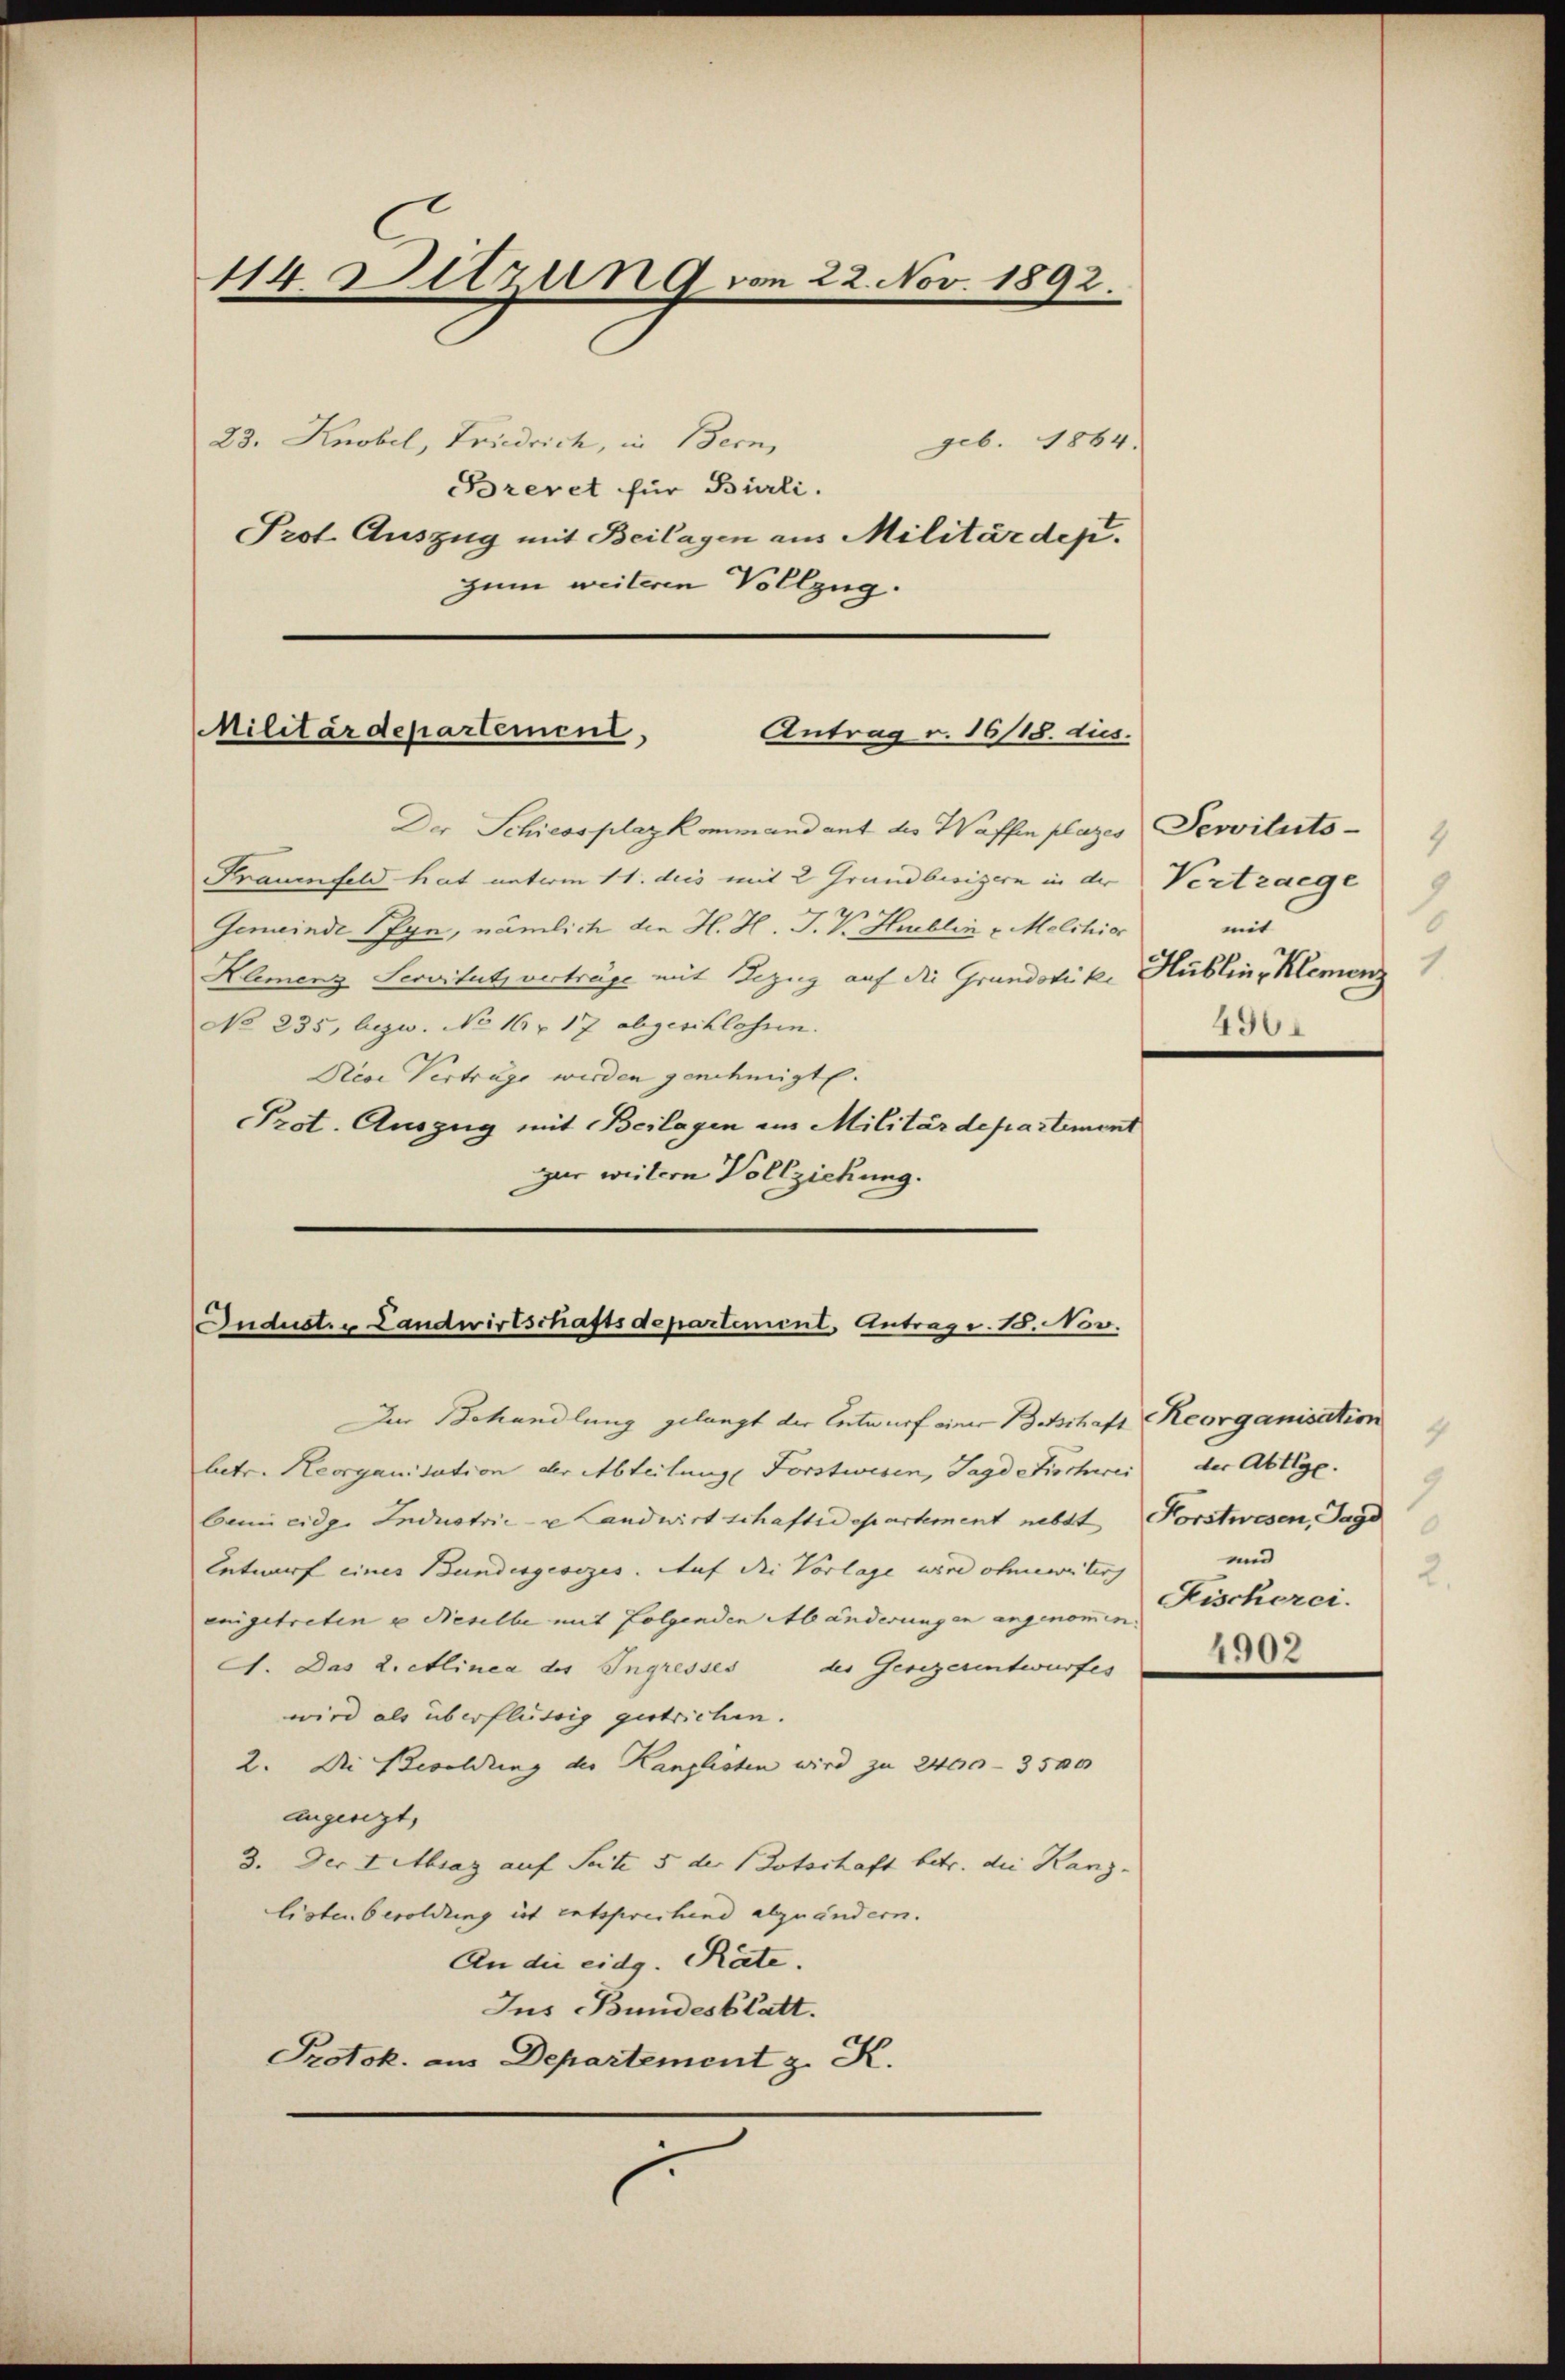
114. Ditzung von 22. Nov. 1892.

23. Knobel, Friedrich, in Bern,
geb. 1864.
Brevet für Burli.
Prot. Auszug mit Beilagen aus Militärdep
zum weiteren Vollzug.

MMilitärdepartement,
Antrag v. 16/18. dies.

Der Schiessplaz kommandant des Waffen plazes Servituts-
Frauenfeld hat materm 11. dies mit 2 Grundbesizern in der Vertraege
Gemeinde Pfyn, nämlich den H. H. J. K. Hurblin - Melchior mit
Klemenz Servitut verträge mit Bezug auf die Grundstike Hubling Klemenz
No 235, bezw. No 16 f 17 abgeschlossen.
Reoi Vertrage werden genehmigte.
Prot. Auszug mit Beilagen im Militärdepartement
gur weitere Vollziehung.

Industr. Landwirtschaftsdepartement. Antrage. 18. Nov.

4
6
490.

Der Behandlung gelangt der Entwurf einer Beschaft Reorganisation
betr. Reorganisation der Abteilung Forstwesen, Jagd Fischwei
beim eidg. Industrie- u Landwirt schaftsdepartement nebst Forstwesen, Jagd
Entwurf eines Bundesgesezes. Auf die Vorlage wird ohne weiterh
eingetreten u dieselbe mit Folgenden Abänderungen angenommen.
A. Das 2. Alinea des Ingresses des Gesezentwurfes
wird als überflüssig gestrichen.
2. Die Besoldung der Kanzlisten wird zu 2400 - 3500
angesezt,
3. Der Lettrag auf Seite 5 der Botschaft betr. die Kanz-
listen besoldung ist entsprechend abzuändern.
An die eidg. Räte.
Ins Bundesblatt.
Protok. aus Departement z. R.
i

4
der Abtlg.
9
und
2
Fischerei.
4902